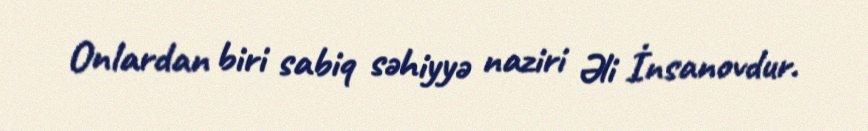
Onlardan biri sabiq səhiyyə naziri Əli İnsanovdur.